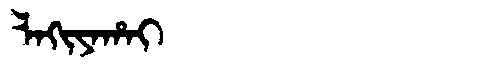
Manchu: ᠯᠠᡴᡳᠶᠠᡥᠠᡳ
Romanization: LAKIYAHAI